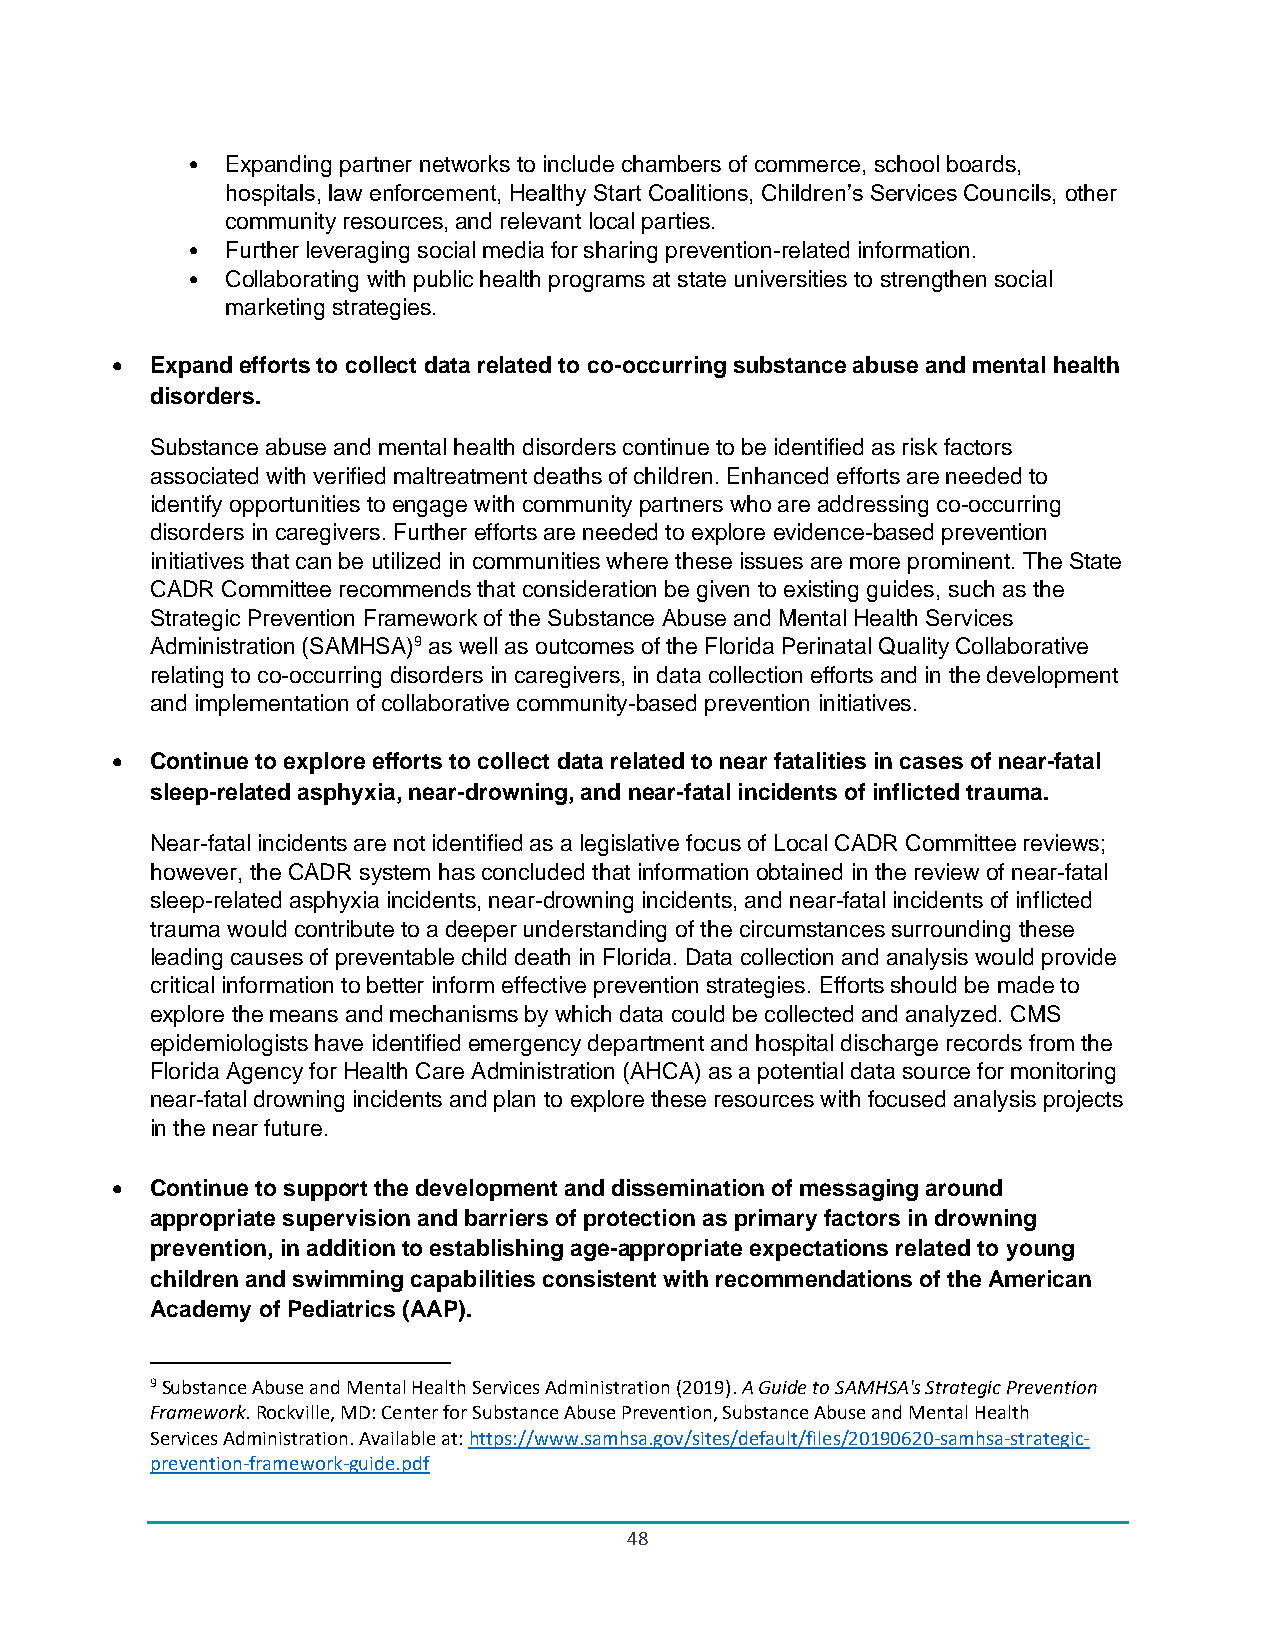
•  Expanding partner networks to include chambers of commerce, school boards,
 hospitals, law enforcement, Healthy Start Coalitions, Children’s Services Councils, other
 community resources, and relevant local parties.
 •  Further leveraging social media for sharing prevention-related information.
 •  Collaborating with public health programs at state universities to strengthen social
 marketing strategies.
 •  Expand efforts to collect data related to co-occurring substance abuse and mental health
 disorders.
 Substance abuse and mental health disorders continue to be identified as risk factors
 associated with verified maltreatment deaths of children. Enhanced efforts are needed to
 identify opportunities to engage with community partners who are addressing co-occurring
 disorders in caregivers. Further efforts are needed to explore evidence-based prevention
 initiatives that can be utilized in communities where these issues are more prominent. The State
 CADR Committee recommends that consideration be given to existing guides, such as the
 Strategic Prevention Framework of the Substance Abuse and Mental Health Services
 Administration (SAMHSA)9 as well as outcomes of the Florida Perinatal Quality Collaborative
 relating to co-occurring disorders in caregivers, in data collection efforts and in the development
 and implementation of collaborative community-based prevention initiatives.
 •  Continue to explore efforts to collect data related to near fatalities in cases of near-fatal
 sleep-related asphyxia, near-drowning, and near-fatal incidents of inflicted trauma.
 Near-fatal incidents are not identified as a legislative focus of Local CADR Committee reviews;
 however, the CADR system has concluded that information obtained in the review of near-fatal
 sleep-related asphyxia incidents, near-drowning incidents, and near-fatal incidents of inflicted
 trauma would contribute to a deeper understanding of the circumstances surrounding these
 leading causes of preventable child death in Florida. Data collection and analysis would provide
 critical information to better inform effective prevention strategies. Efforts should be made to
 explore the means and mechanisms by which data could be collected and analyzed. CMS
 epidemiologists have identified emergency department and hospital discharge records from the
 Florida Agency for Health Care Administration (AHCA) as a potential data source for monitoring
 near-fatal drowning incidents and plan to explore these resources with focused analysis projects
 in the near future.
 •  Continue to support the development and dissemination of messaging around
 appropriate supervision and barriers of protection as primary factors in drowning
 prevention, in addition to establishing age-appropriate expectations related to young
 children and swimming capabilities consistent with recommendations of the American
 Academy of Pediatrics (AAP).
 9 Substance Abuse and Mental Health Services Administration (2019). A Guide to SAMHSA's Strategic Prevention
 Framework. Rockville, MD: Center for Substance Abuse Prevention, Substance Abuse and Mental Health
 Services Administration. Available at: https://www.samhsa.gov/sites/default/files/20190620-samhsa-strategic-
 prevention-framework-guide.pdf
 48